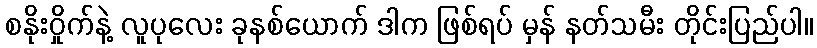
စနိုးဝှိုက်နဲ့ လူပုလေး ခုနစ်ယောက် ဒါက ဖြစ်ရပ် မှန် နတ်သမီး တိုင်းပြည်ပါ။